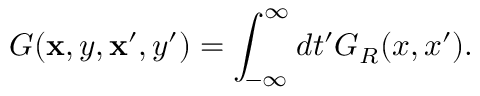
G ( { \bf x } , y , { \bf x } ^ { \prime } , y ^ { \prime } ) = \int _ { - \infty } ^ { \infty } d t ^ { \prime } G _ { R } ( x , x ^ { \prime } ) .